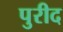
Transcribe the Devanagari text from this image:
पुरीद